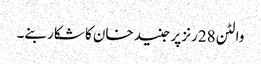
والٹن 28رنز پر جنید خان کا شکار بنے۔